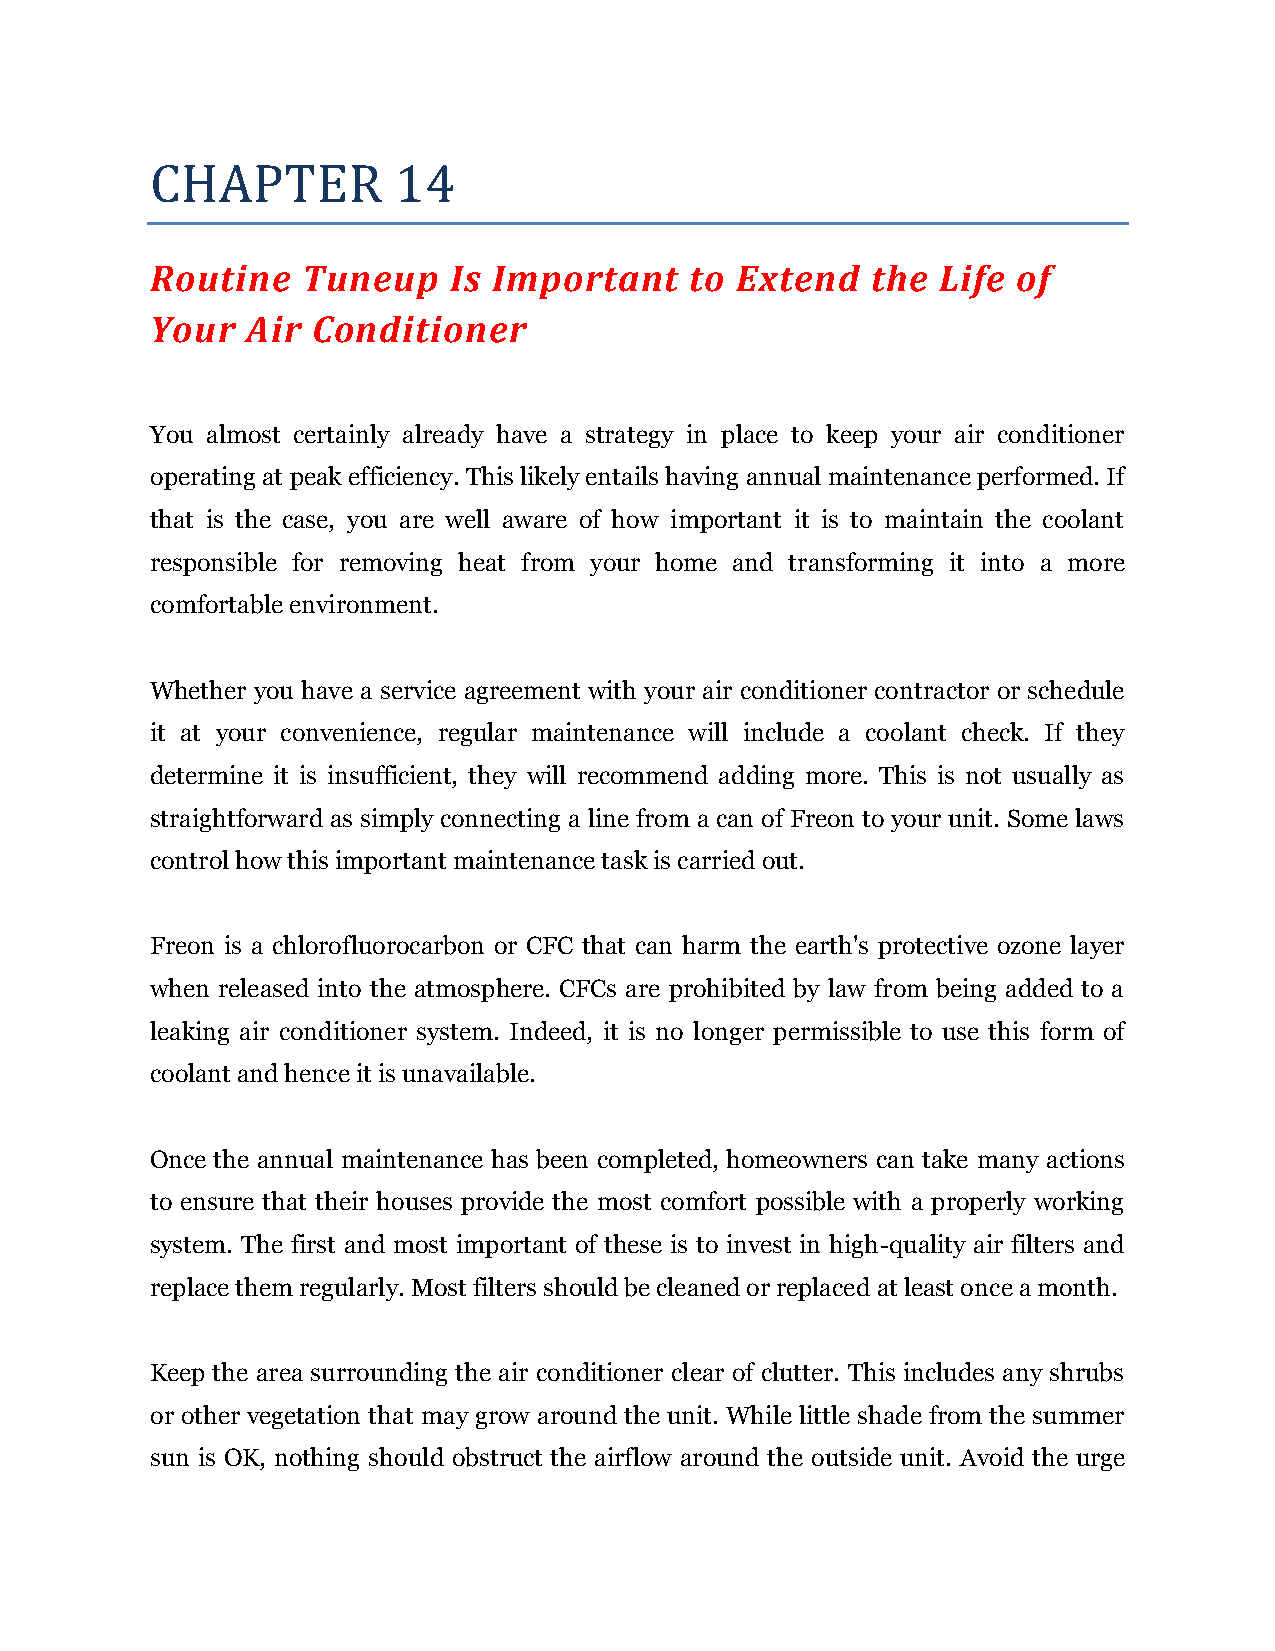
CHAPTER         14
 Routine   Tuneup    Is Important    to Extend   the Life of
 Your  Air  Conditioner
 You almost certainly already have a strategy in place to keep your air conditioner
 operating at peak efficiency. This likely entails having annual maintenance performed. If
 that is the case, you are well aware of how important it is to maintain the coolant
 responsible for removing heat from your home and transforming it into a more
 comfortable environment.
 Whether you have a service agreement with your air conditioner contractor or schedule
 it at your convenience, regular maintenance will include a coolant check. If they
 determine it is insufficient, they will recommend adding more. This is not usually as
 straightforward as simply connecting a line from a can of Freon to your unit. Some laws
 control how this important maintenance task is carried out.
 Freon is a chlorofluorocarbon or CFC that can harm the earth's protective ozone layer
 when released into the atmosphere. CFCs are prohibited by law from being added to a
 leaking air conditioner system. Indeed, it is no longer permissible to use this form of
 coolant and hence it is unavailable.
 Once the annual maintenance has been completed, homeowners can take many actions
 to ensure that their houses provide the most comfort possible with a properly working
 system. The first and most important of these is to invest in high-quality air filters and
 replace them regularly. Most filters should be cleaned or replaced at least once a month.
 Keep the area surrounding the air conditioner clear of clutter. This includes any shrubs
 or other vegetation that may grow around the unit. While little shade from the summer
 sun is OK, nothing should obstruct the airflow around the outside unit. Avoid the urge